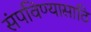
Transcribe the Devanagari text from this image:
संपविण्यासाठि